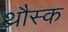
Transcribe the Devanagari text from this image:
थ्रौस्क